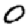
Digit: 0